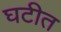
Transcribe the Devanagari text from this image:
घटीत